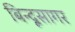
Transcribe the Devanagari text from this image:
बिन्दूसागर